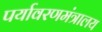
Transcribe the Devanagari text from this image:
पर्यावरणमंत्रालय